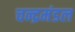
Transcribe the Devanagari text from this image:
चन्द्रमंडल